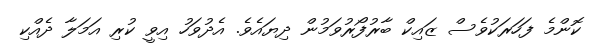
ކޮންމެ ފަހަރަކުވެސް ޒައިކް ބާރުފޯރުވަމުން ދިޔައެވެ. އެދުވަހު އިވީ ކުރި އަމަލާ ދެއްކި